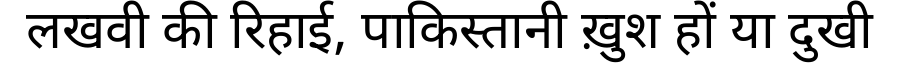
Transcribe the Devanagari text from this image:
लखवी की रिहाई, पाकिस्तानी ख़ुश हों या दुखी